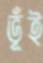
ভূঁই